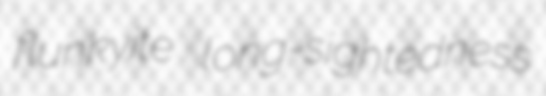
flunkyite long-sightedness